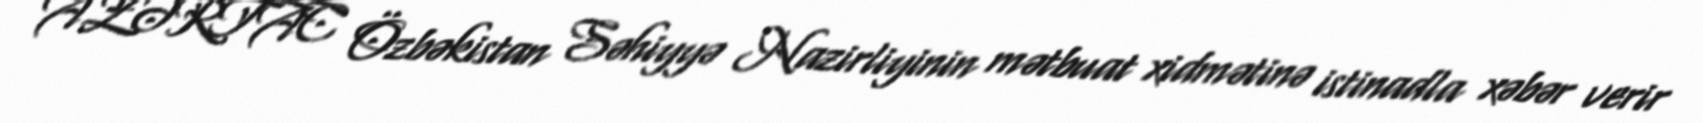
AZƏRTAC Özbəkistan Səhiyyə Nazirliyinin mətbuat xidmətinə istinadla xəbər verir